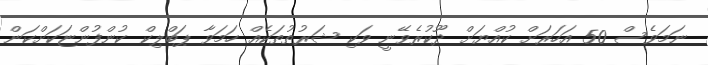
ނަމަވެސް 50 އަހަރަށް ކުއްޔަށް ދޫކުރެވޭނީ ވަކި ޝަރުޠުތަކެއް ހަމަވާ ޕަބްލިކް ކުންފުންޏަކަށްކަން